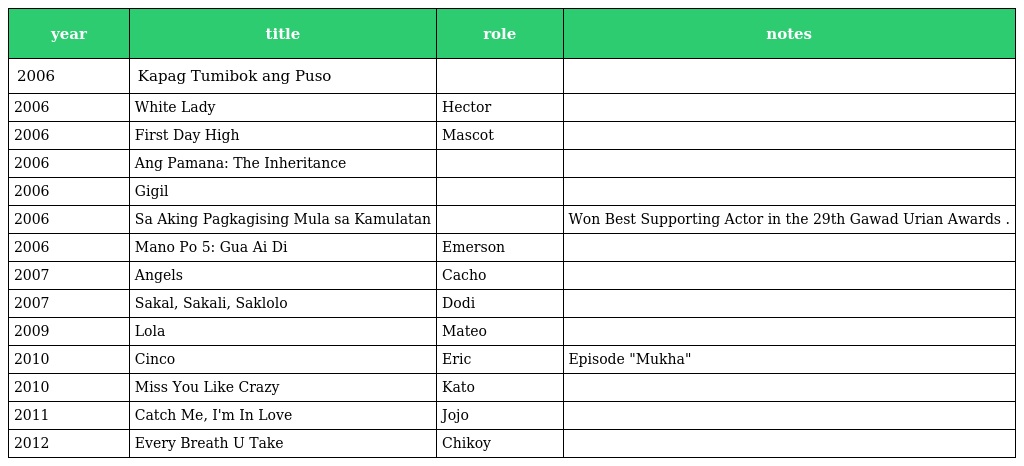
| year | title | role | notes |
 | --- | --- | --- | --- |
 | 2006 | Kapag Tumibok ang Puso |  |  |
 | 2006 | White Lady | Hector |  |
 | 2006 | First Day High | Mascot |  |
 | 2006 | Ang Pamana: The Inheritance |  |  |
 | 2006 | Gigil |  |  |
 | 2006 | Sa Aking Pagkagising Mula sa Kamulatan |  | Won Best Supporting Actor in the 29th Gawad Urian Awards . |
 | 2006 | Mano Po 5: Gua Ai Di | Emerson |  |
 | 2007 | Angels | Cacho |  |
 | 2007 | Sakal, Sakali, Saklolo | Dodi |  |
 | 2009 | Lola | Mateo |  |
 | 2010 | Cinco | Eric | Episode "Mukha" |
 | 2010 | Miss You Like Crazy | Kato |  |
 | 2011 | Catch Me, I'm In Love | Jojo |  |
 | 2012 | Every Breath U Take | Chikoy |  |